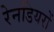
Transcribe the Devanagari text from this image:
रेनडियरों